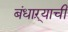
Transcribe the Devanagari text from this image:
बंधाऱ्याची